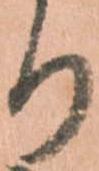
り